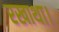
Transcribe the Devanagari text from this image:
रखाथा।